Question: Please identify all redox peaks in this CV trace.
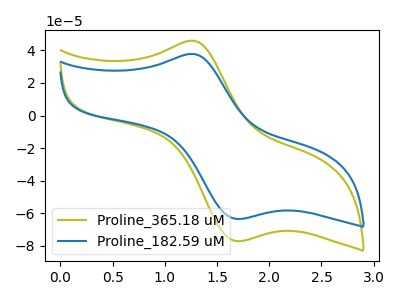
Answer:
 <answer>The olive curve "Proline_365.18 uM" has an anodic peak at (1.25V, 45.95uA) and a cathodic peak at (1.70V, -77.05uA). The blue curve "Proline_182.59 uM" has an anodic peak at (1.25V, 37.80uA) and a cathodic peak at (1.70V, -63.40uA).</answer>
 <eval></eval>